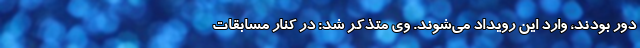
دور بودند، وارد این رویداد می‌شوند. وی متذکر شد: در کنار مسابقات